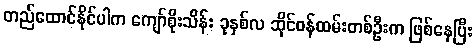
တည်ထောင်နိုင်ပါက ကျော်စိုးသိန်း ခုနှစ်လ ဆိုင်ဝန်ထမ်းတစ်ဦးက ဖြစ်နေပြီး